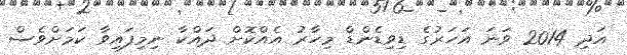
އަދި 2014 ވަނަ އަހަރުގެ ޑިވިޑެންޑް މިހާރު އެއްކޮށް ދައްކާ ނިމިފައިވާ ކަމަށްވެސް